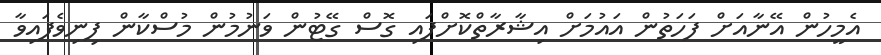
އެމީހުން އޭނާއަށް ފަހަތުން އައުމަށް އިޝާރާތްކޮށްފައި ގޮސް ގޭޓުން ވަނުމުން މުސްކާން ފިނިވެފައިވާ